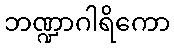
ဘဏ္ဍာဂါရိကော